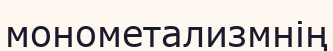
монометализмнің